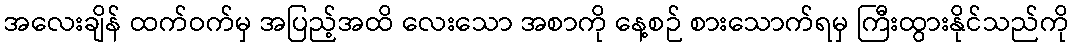
အလေးချိန် ထက်ဝက်မှ အပြည့်အထိ လေးသော အစာကို နေ့စဉ် စားသောက်ရမှ ကြီးထွားနိုင်သည်ကို